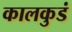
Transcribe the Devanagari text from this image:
कालकुडं